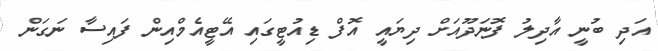
އަދި ބުނީ އާދިލު ފޮނަދޫއަށް ދިޔައީ އޮފް ޑިއުޓީގައި އޭޓީއެމްއިން ފައިސާ ނަގަން